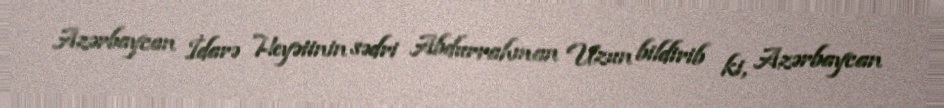
Azərbaycan İdarə Heyətinin sədri Abdurrahman Uzun bildirib ki, Azərbaycan